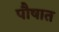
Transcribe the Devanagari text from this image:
पौषात